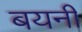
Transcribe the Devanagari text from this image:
बयनी